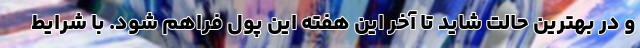
و در بهترین حالت شاید تا آخر این هفته این پول فراهم شود. با شرایط